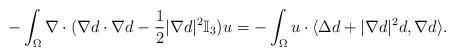
LaTeX: \begin{align*}-\int_{\Omega}\nabla\cdot(\nabla d\cdot\nabla d-\frac12|\nabla d|^2\mathbb I_3) u=-\int_\Omega u\cdot\langle \Delta d+|\nabla d|^2 d, \nabla d\rangle.\end{align*}